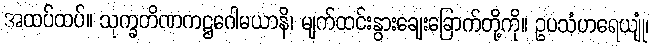
အထပ်ထပ်။ သုက္ခတိဏကဋ္ဌဂေါမယာနိ၊ မျက်ထင်းနွားချေးခြောက်တို့ကို။ ဥပသံဟရေယျုံ၊